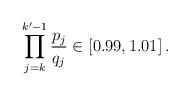
LaTeX: \begin{align*}\prod_{j=k}^{k'-1} \frac{p_j}{q_j} \in \left[ 0.99,1.01\right].\end{align*}